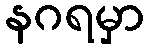
နဂရမှာ